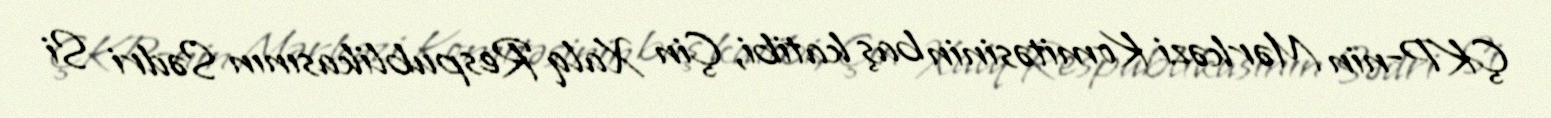
ÇKP-nin Mərkəzi Komitəsinin baş katibi, Çin Xalq Respublikasının Sədri Si